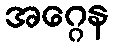
အဂ္ဂေန